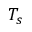
T _ { s }